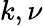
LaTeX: k,\nu